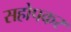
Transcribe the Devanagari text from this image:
सहोपकर